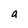
Character: a